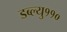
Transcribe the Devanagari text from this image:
डब्ल्यु११०